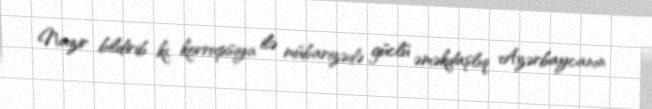
Nazir bildirib ki, korrupsiya ilə mübarizədə güclü əməkdaşlıq Azərbaycanın